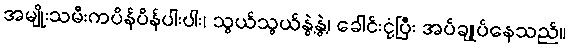
အမျိုးသမီးကပိန်ပိန်ပါးပါး၊ သွယ်သွယ်နွဲ့နွဲ့၊ ခေါင်းငုံ့ပြီး အပ်ချုပ်နေသည်။